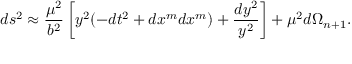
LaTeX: d s ^ { 2 } \approx { \frac { \mu ^ { 2 } } { b ^ { 2 } } } \left[ y ^ { 2 } ( - d t ^ { 2 } + d x ^ { m } d x ^ { m } ) + { \frac { d y ^ { 2 } } { y ^ { 2 } } } \right] + \mu ^ { 2 } d \Omega _ { n + 1 } .